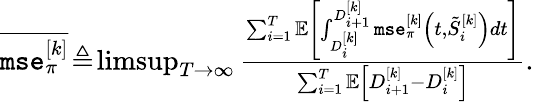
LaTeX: \begin{array}{r}{\overline{{\texttt{mse}_{\pi}^{[k]}}}\! \triangleq\! \operatorname*{limsup}_{T\rightarrow\infty}\frac{\sum_{i=1}^{T}{\mathbb{E}}\left[\int_{D_{i}^{[k]}}^{D_{i+1}^{[k]}}\texttt{mse}_{\pi}^{[k]}\left(t,\tilde{S}_{i}^{[k]}\right)dt\right]}{\sum_{i=1}^{T}\mathbb{E}\left[D_{i+1}^{[k]}-D_{i}^{[k]}\right]}.}\end{array}